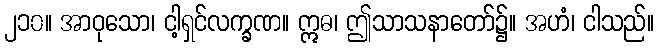
၂၁၀။ အာဝုသော၊ ငါ့ရှင်လက္ခဏ။ ဣဓ၊ ဤသာသနာတော်၌။ အဟံ၊ ငါသည်။